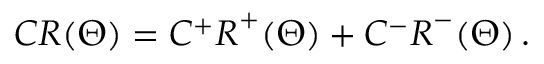
\begin{array} { r } { C \boldsymbol { R } ( \Theta ) = C ^ { + } \boldsymbol { R } ^ { + } ( \Theta ) + C ^ { - } \boldsymbol { R } ^ { - } ( \Theta ) \, . } \end{array}